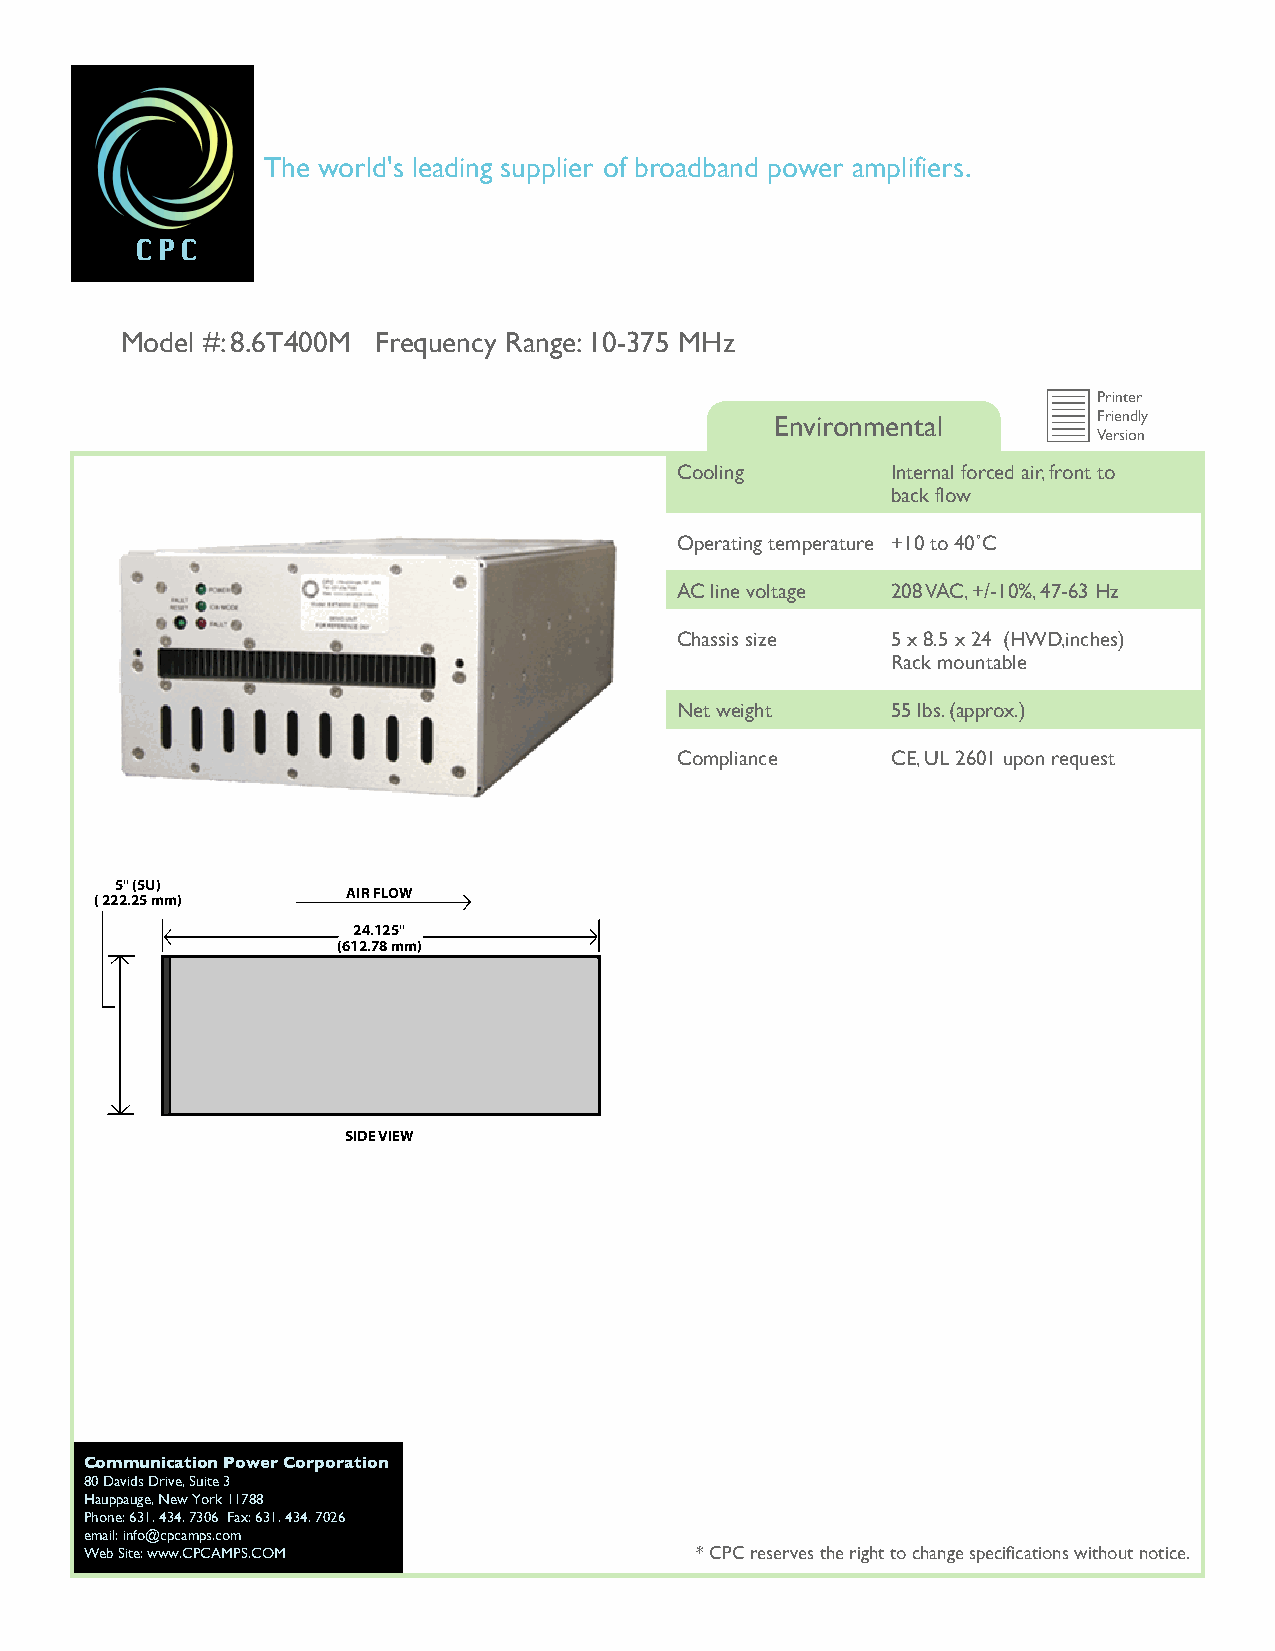
The world's leading supplier of broadband power amplifiers.
 Model #: 8.6T400M Frequency Range: 10-375 MHz
 Printer
 Environmental         Friendly
 Version
 Cooling       Internal forced air, front to
 back flow
 Operating temperature +10 to 40˚C
 AC line voltage 208 VAC, +/-10%, 47-63 Hz
 Chassis size  5 x 8.5 x 24 (HWD,inches)
 Rack mountable
 Net weight    55 lbs. (approx.)
 Compliance    CE, UL 2601 upon request
 5" (5U)
 AIR FLOW
 ( 222.25 mm)
 24.125"
 (612.78 mm)
 SIDE VIEW
 Communication Power Corporation
 80 Davids Drive, Suite 3
 Hauppauge, New York 11788
 Phone: 631. 434. 7306 Fax: 631. 434. 7026
 email: info@cpcamps.com
 Web Site: www.CPCAMPS.COM               * CPC reserves the right to change specifications without notice.